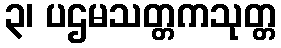
၃၊ ပဌမသတ္တကသုတ္တ